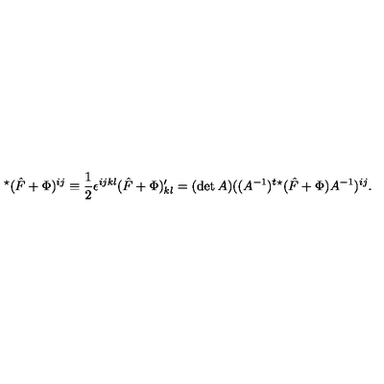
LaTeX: ^ { \star } ( { \hat { F } } + \Phi ) ^ { i j } \equiv \frac { 1 } { 2 } \epsilon ^ { i j k l } ( { \hat { F } } + \Phi ) _ { k l } ^ { \prime } = ( \det A ) ( ( A ^ { - 1 } ) ^ { t } ^ { \star } ( \hat { F } + \Phi ) A ^ { - 1 } ) ^ { i j } .